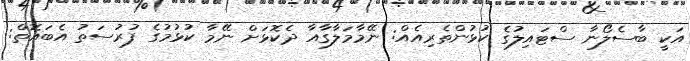
އަކީ ބާސެލޯނާ ސްޓައިލުގެ ކުޅުންތެރިއެއް: ނޭމާމަލާގާއާ ދެކޮޅަށް ނޭމާ ކުޅުމުގެ ފުރުސަތު އެބައޮތް: